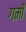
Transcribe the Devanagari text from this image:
गमी